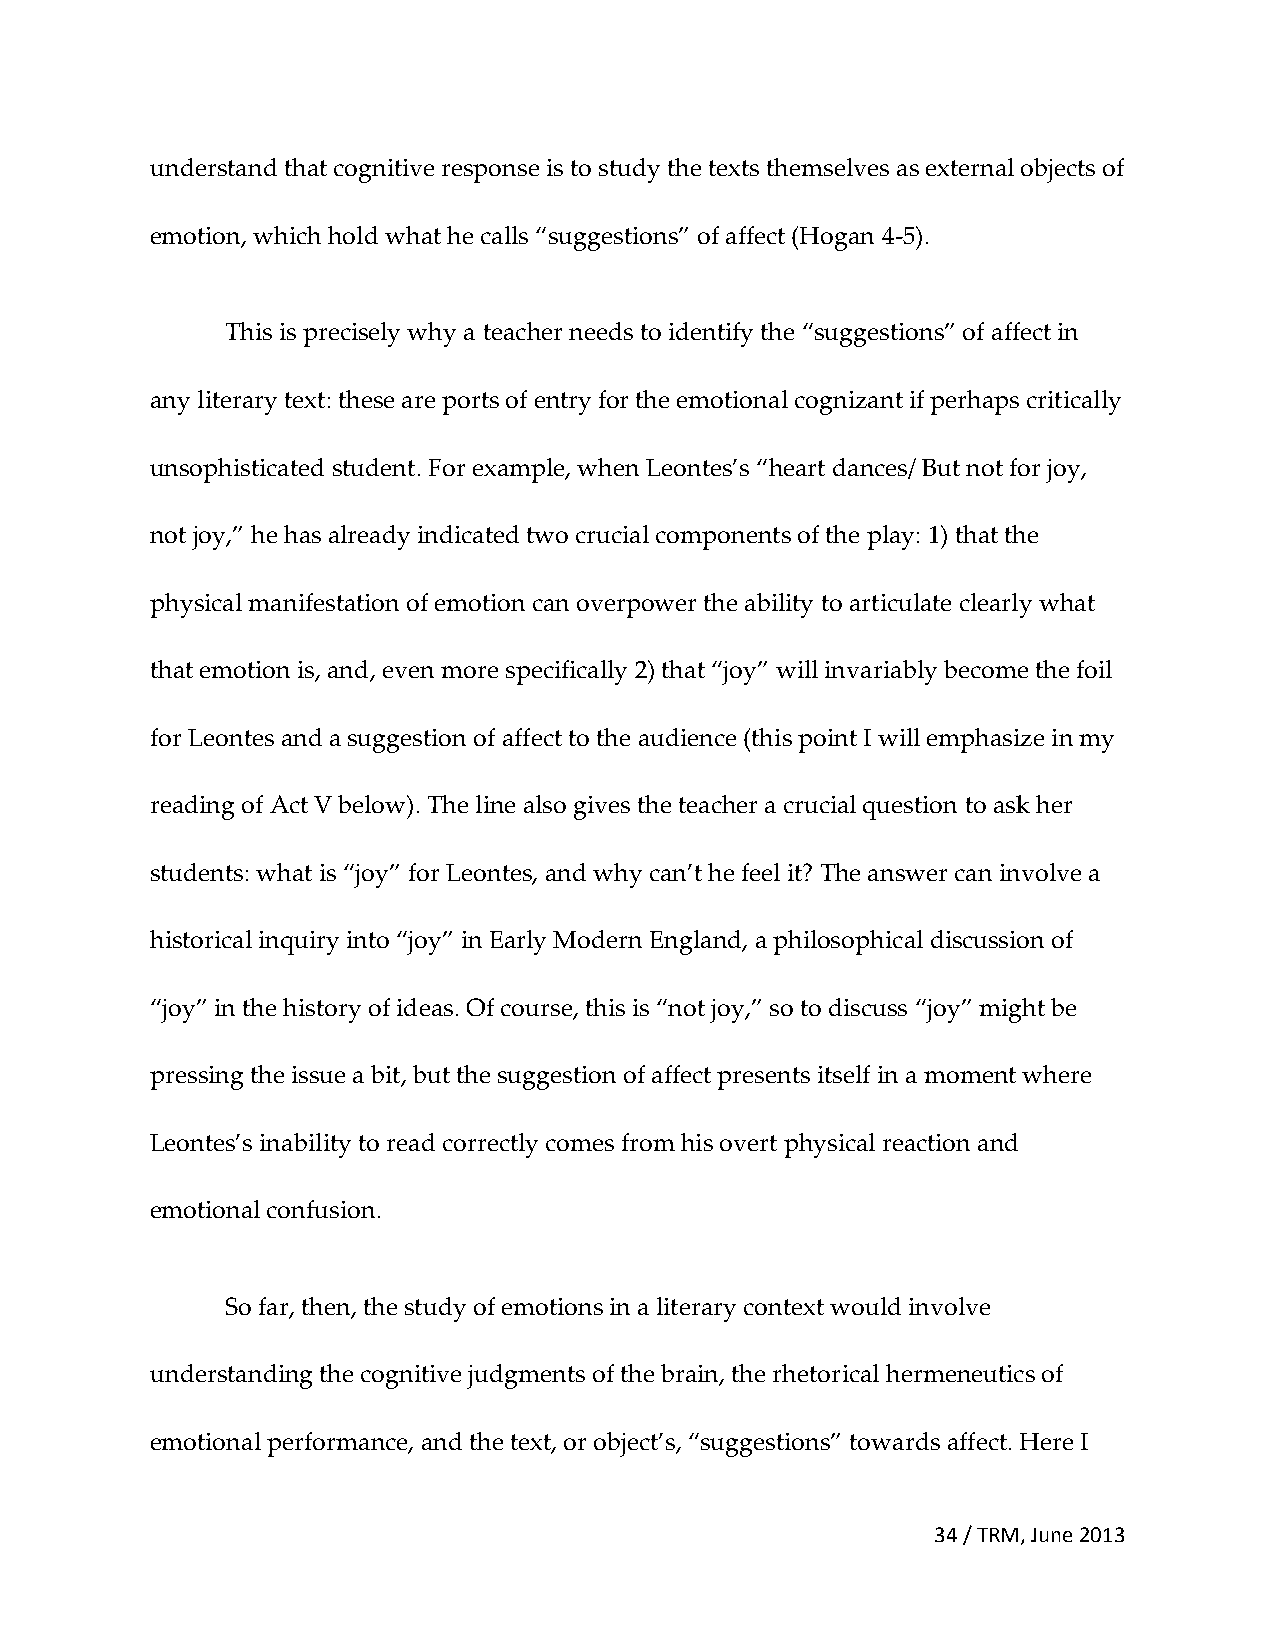
understand that cognitive response is to study the texts themselves as external objects of
 emotion, which hold what he calls “suggestions” of affect (Hogan 4-5).
 This is precisely why a teacher needs to identify the “suggestions” of affect in
 any literary text: these are ports of entry for the emotional cognizant if perhaps critically
 unsophisticated student. For example, when Leontes’s “heart dances/ But not for joy,
 not joy,” he has already indicated two crucial components of the play: 1) that the
 physical manifestation of emotion can overpower the ability to articulate clearly what
 that emotion is, and, even more specifically 2) that “joy” will invariably become the foil
 for Leontes and a suggestion of affect to the audience (this point I will emphasize in my
 reading of Act V below). The line also gives the teacher a crucial question to ask her
 students: what is “joy” for Leontes, and why can’t he feel it? The answer can involve a
 historical inquiry into “joy” in Early Modern England, a philosophical discussion of
 “joy” in the history of ideas. Of course, this is “not joy,” so to discuss “joy” might be
 pressing the issue a bit, but the suggestion of affect presents itself in a moment where
 Leontes’s inability to read correctly comes from his overt physical reaction and
 emotional confusion.
 So far, then, the study of emotions in a literary context would involve
 understanding the cognitive judgments of the brain, the rhetorical hermeneutics of
 emotional performance, and the text, or object’s, “suggestions” towards affect. Here I
 34 / TRM, June 2013